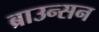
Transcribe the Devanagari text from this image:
ब्राउन्सन